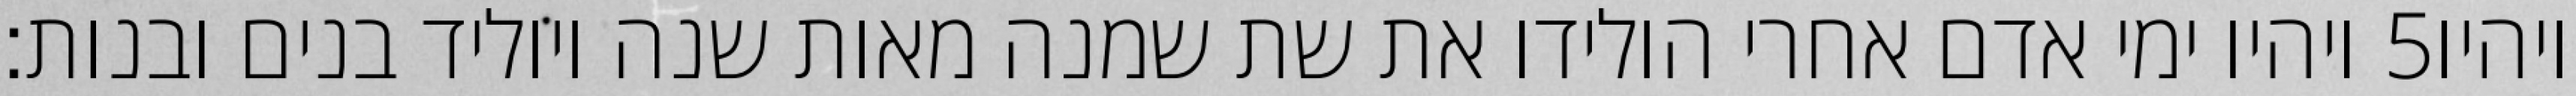
ויהיו ימי אדם אחרי הולידו את שת שמנה מאות שנה ויוליד בנים ובנות׃ ‎5‏ ויהיו